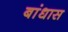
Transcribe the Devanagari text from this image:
बांधास